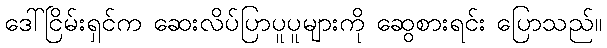
ဒေါ်ငြိမ်းရှင်က ဆေးလိပ်ပြာပူပူများကို ဆွေစားရင်း ပြောသည်။